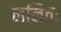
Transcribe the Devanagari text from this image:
ललितः